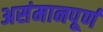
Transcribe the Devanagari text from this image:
असंमानपूर्ण